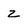
Character: z